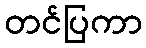
တင်ပြကာ